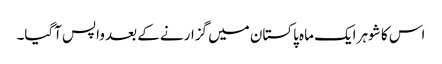
اس کا شوہر ایک ماہ پاکستان میں گزارنے کے بعد واپس آگیا۔